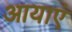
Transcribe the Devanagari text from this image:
आयाएं